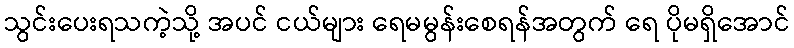
သွင်းပေးရသကဲ့သို့ အပင် ငယ်များ ရေမမွန်းစေရန်အတွက် ရေ ပိုမရှိအောင်